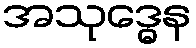
အသုဒ္ဓေန